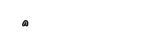
٦